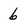
Character: 6